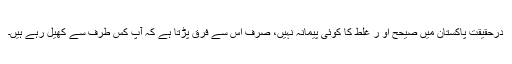
درحقیقت پاکستان میں صیحح او ر غلط کا کوئی پیمانہ نہیں، صرف اس سے فرق پڑتا ہے کہ آپ کس طرف سے کھیل رہے ہیں۔